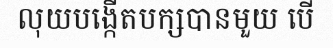
លុយបង្កើតបក្សបានមួយ បើ